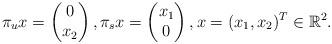
LaTeX: \begin{align*} \pi_u x = \begin{pmatrix} 0 \\ x_2 \end{pmatrix}, \pi_s x = \begin{pmatrix} x_1 \\ 0 \end{pmatrix}, x = (x_1,x_2)^T \in \mathbb{R}^2.\end{align*}